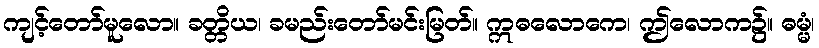
ကျင့်တော်မူလော။ ခတ္တိယ၊ ခမည်းတော်မင်းမြတ်။ ဣဓလောကေ၊ ဤလောက၌။ ဓမ္မံ၊